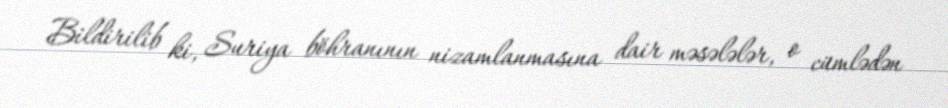
Bildirilib ki, Suriya böhranının nizamlanmasına dair məsələlər, o cümlədən